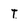
Character: T